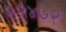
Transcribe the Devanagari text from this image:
२२४७२